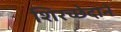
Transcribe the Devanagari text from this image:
शिरच्छेदाने